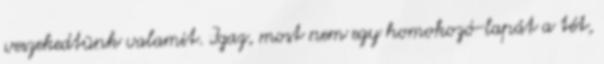
veszekedtünk valamit. Igaz, most nem egy homokozó-lapát a tét,